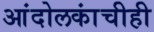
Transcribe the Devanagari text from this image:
आंदोलकांचीही